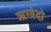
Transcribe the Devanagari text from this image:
ऋग्वेदो